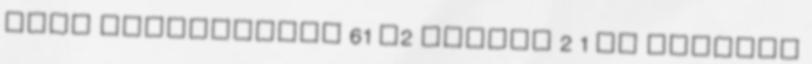
bíró Alapterület 61 m2 Szobák 2 1 db Vételár